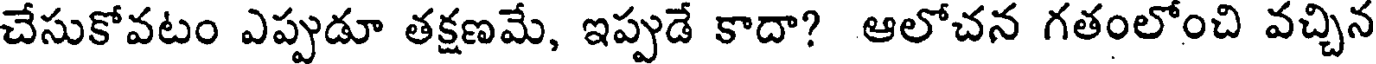
చేసుకోవటం ఎప్పుడూ తక్షణమే, ఇప్పుడే కాదా? ఆలోచన గతంలోంచి వచ్చిన